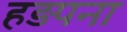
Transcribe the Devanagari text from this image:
हड़पना